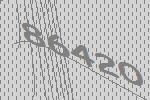
86420